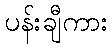
ပန်းချီကား